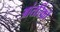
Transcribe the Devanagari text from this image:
आंतरिकों